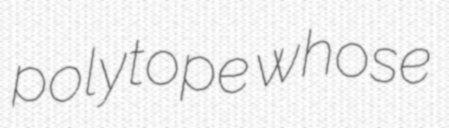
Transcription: polytope whose